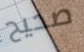
صحيح